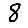
Digit: 8